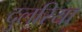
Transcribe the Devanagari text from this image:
दुलरिया